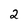
Character: 2